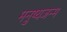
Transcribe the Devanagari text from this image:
मनुष्यजन्म